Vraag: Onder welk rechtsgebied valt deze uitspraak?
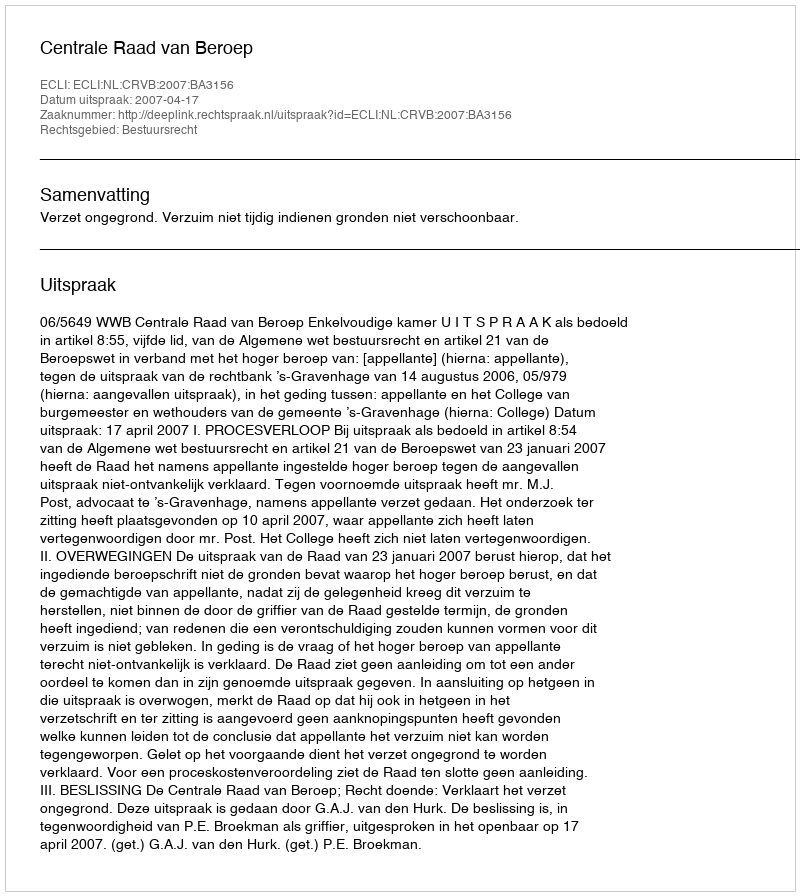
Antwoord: Bestuursrecht